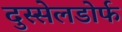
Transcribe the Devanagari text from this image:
दुस्सेलडोर्फ